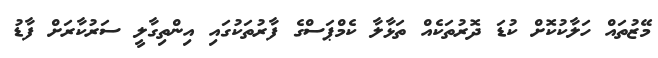
މޭޒުތައް ހަލާކުކޮށް ކުޑަ ދޮރުތަކެއް ތަޅާލާ ކެމްޕަސްގެ ފާރުތަކުގައި އިންތިގާލީ ސަރުކާރަށް ފާޑު